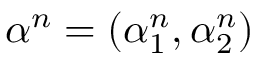
\alpha ^ { n } = ( \alpha _ { 1 } ^ { n } , \alpha _ { 2 } ^ { n } )